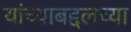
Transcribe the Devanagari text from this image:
यांच्याबद्दलच्या